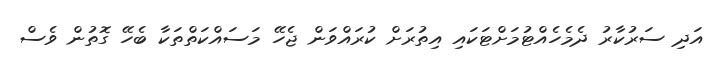
އަދި ސަރުކާރު ދެމެހެއްޓުމަށްޓަކައި އިތުރަށް ކުރައްވަން ޖެހޭ މަސައްކަތްތަކާ ބެހޭ ގޮތުން ވެސް